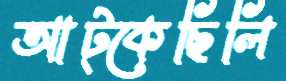
আট্‌কেছিলি